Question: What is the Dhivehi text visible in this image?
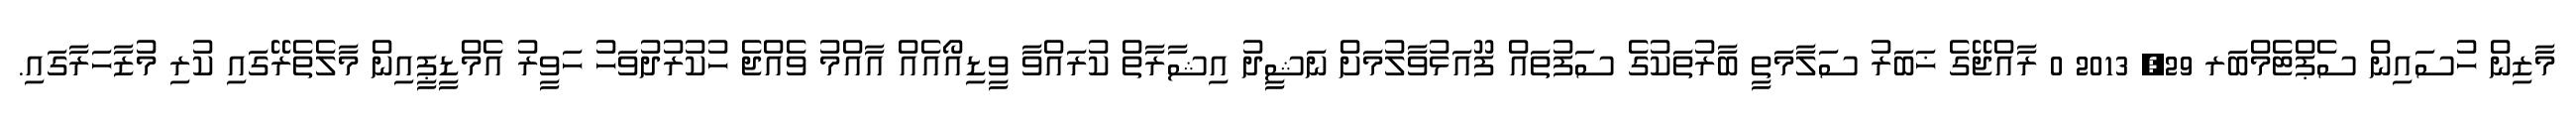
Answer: މާޒިން ހުސައިން ސެޕްޓެމްބަރ 29, 2013 0 ރާއްޖޭގެ ޚަބަރު ސަލާމަތީ ބާރުތަކުގެ ސަފުތައް ފޫއަޅުވާލުމަށް ނަޝީދު އިޝާރާތް ކުރައްވާ ވީޑިއޯއެއް އާއްމު ވެއްޖެ ހުކުރުދުވަހު ހަވީރު އެމްޑީޕީއިން މާލެތެރޭގައި ކުރި މުޒާހަރާގައި.